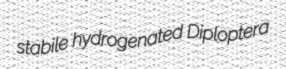
stabile hydrogenated Diploptera